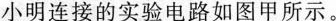
小明连接的实验电路如图甲所示。